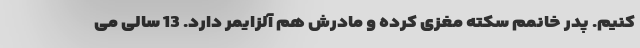
کنیم. پدر خانمم سکته مغزی کرده و مادرش هم آلزایمر دارد. 13 سالی می